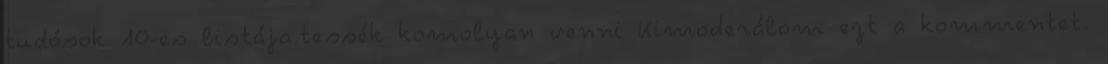
tudósok 10-es listája.tessék komolyan venni Kimoderálom ezt a kommentet.